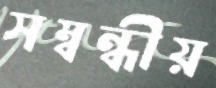
সম্বন্ধীয়